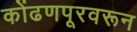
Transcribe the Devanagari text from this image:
कोंढणपूरवरून